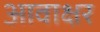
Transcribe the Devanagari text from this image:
आवाक्षर